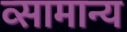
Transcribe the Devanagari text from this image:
व्सामान्य